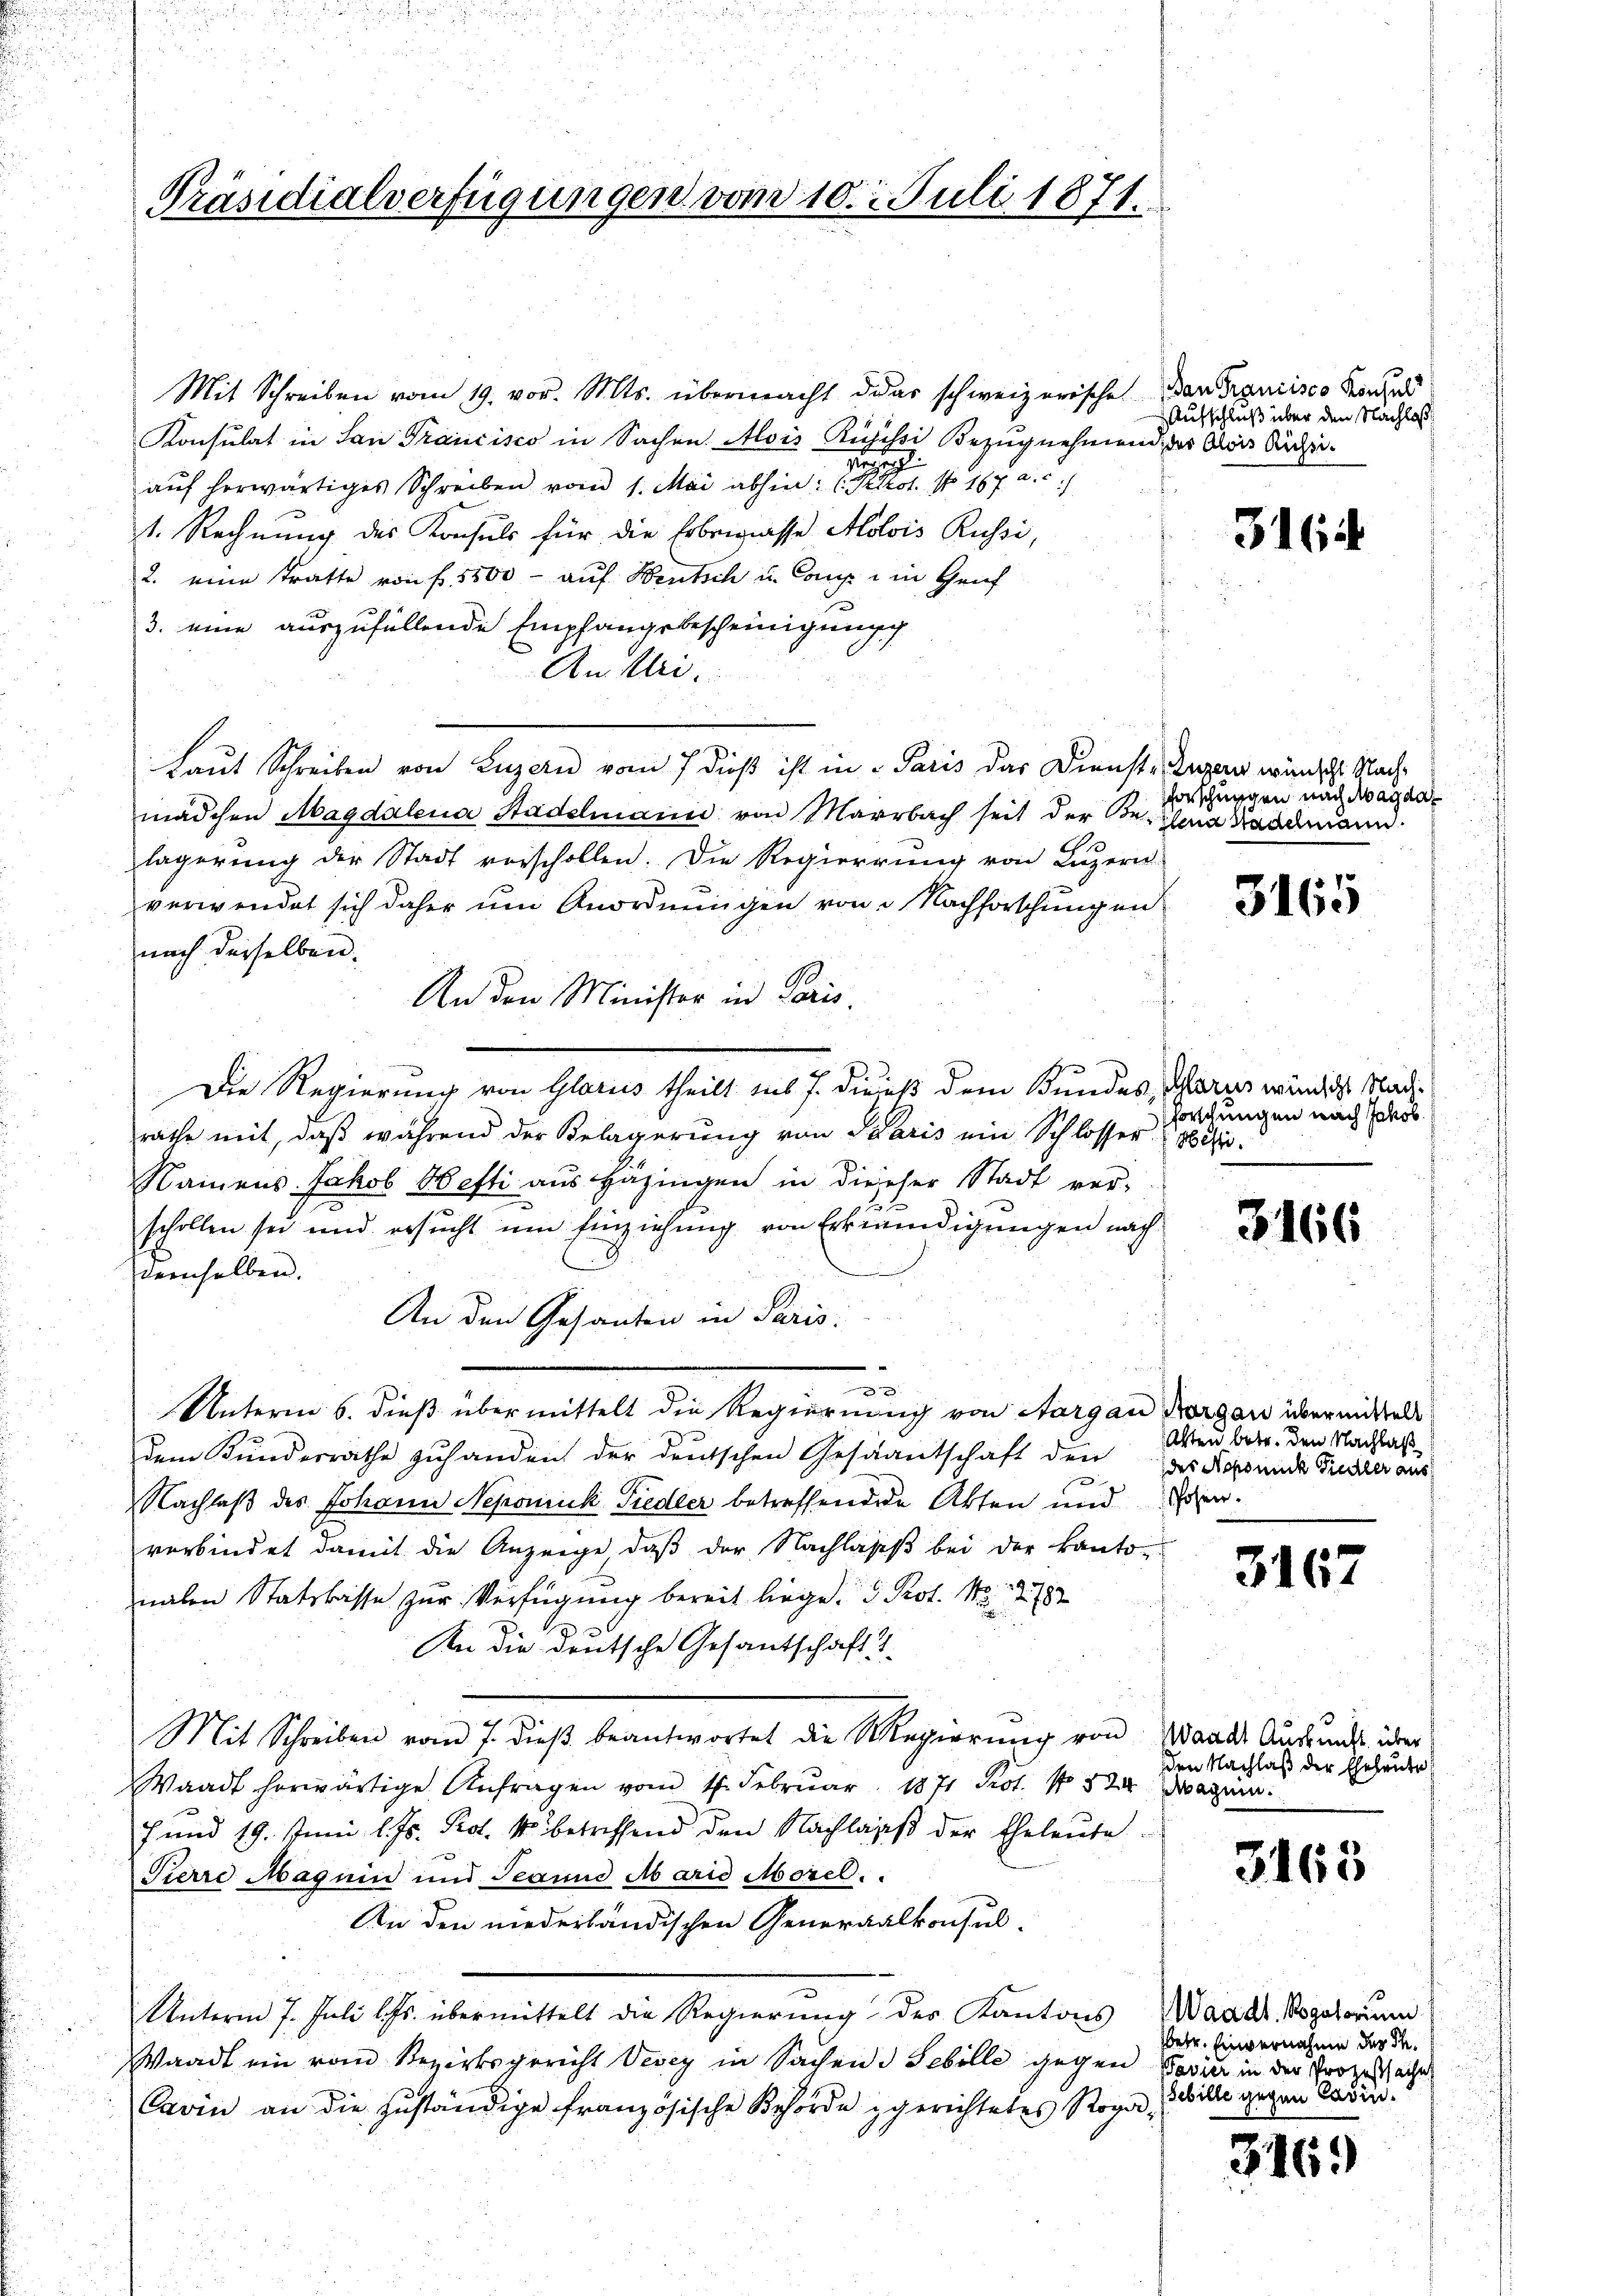
Präsidialverfügungen vom 10. Juli 1871.

Mit Schreiben vom 19. vor. Mts. übermacht das schweizerische den trancisco Konsend
Konsulat in San Francisco in Sachen. Alois Rufisci Bezugnehmend, des Aris Aufn
.
auf herwärtiges Schreiben vom 1. Mai abhin: (Kot. No 167. a. c.
1. Rechnung des Konsuls für die Erbeigasse Molois Russi,
2. eine Stratte von f. 5500- aŭf Beutsch u. Comp. in Hauf
3. eine auszufüllende Empfangsbescheinigung
An Uri.
Laut Schreiben von Luzern vom 7 dieß ist in Paris das Dienste Luzern wünscht Nachmädchen Magdalena Stadelmann von Marrbach seit der Beilena Kaddmann
lagerŭng der Stadt vorschollen. Die Regierung von Luzern
verwendet sich daher um Anordnungen von Nachforschungen
nach derselben.
An den Minister in Paris.
Die Regierung von Glarus theilt aus J. dieses dem Bundes, Glarus würdige Nachrathe mit, daß während der Belagerung von Saaris ein Schlosser, 8 Do¬
Namens Jakob Hefti aus Häzingen in diesser Stadt ver-
schollen sei und ersŭcht ŭm Einziehŭng von Erkländigŭngen nach
derselben.
An den Gesanten in Paris.
h
r
Unterm 6. dieß übermittelt die Regierung von Aargau Morgen übermittelt
dem Kundesrathe zuhanden der deutschen Gesuntschaft den das Kopende Frister aus
Nachlaß des Johann Nepomuk Fiedler betreffenden Akten und Ehren.
verbindet damit die Anzeige, daß der Nachlass bei der kanto-
nahen Statskasse zur Verfügung bereit liege.  Prot. No. 2782
An die deutsche Gesantschaft
Mit Schreiben vom 7. dieβ beantwortet die Regierŭng von Waadt Aŭsweis über
Waadt herwärtige Anfragen vom 4. Februar 1871 Prot. No 524. Magen.
7 und 19. Juni l. Js. Prot. k betreffend den Nachlages der Eheleute
Pierre Maguin und Jeanna Marie Morel.
An den niederländischen Generalkonsul¬
Unterm 7. Juli l. Js. übermittelt die Regierung des Kantons Waadt, Rogatorium
Waadt ein vom Bezirksgericht Vevey in Sachen Sebille gegen Ferie in der Prozessache
Cavin an die zŭständige französische Behörde gerichtetes Roga-

Aufschluß über den Nachlaß

316

sforschungen nach Magdal

3165

forschungen nach Jakob.

3166

Alten betr. den Nachlaß

3167

den Nachlaß der Eheleute

3465

betr. Einvernahme des Inebille gegen Casin¬

3169